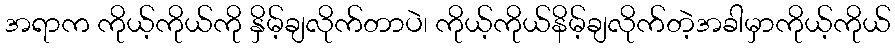
အရာက ကိုယ့်ကိုယ်ကို နှိမ့်ချလိုက်တာပဲ၊ ကိုယ့်ကိုယ်နိမ့်ချလိုက်တဲ့အခါမှာကိုယ့်ကိုယ်